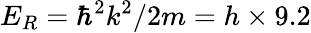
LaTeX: E_{R}=\hbar^{2}k^{2}/2m=h\times 9.2